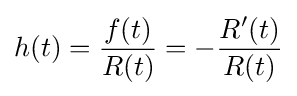
h(t)={\frac {f(t)}{R(t)}}=-{\frac {R'(t)}{R(t)}}